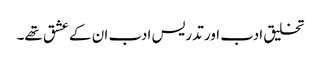
تخلیق ادب اور تدریس ادب ان کے عشق تھے۔